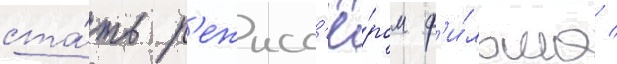
ста́ть р'ежисс'ё́ром ф'и́льма /